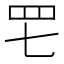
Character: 𦉱